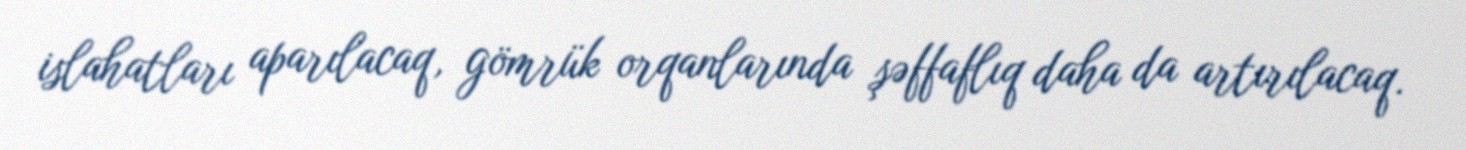
islahatları aparılacaq, gömrük orqanlarında şəffaflıq daha da artırılacaq.